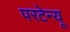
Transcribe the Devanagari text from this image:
परटेन्यू